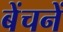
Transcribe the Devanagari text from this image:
बेंचनें